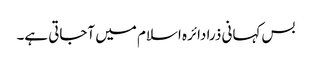
بس کہانی ذرا دائرہ اسلام میں آجاتی ہے۔